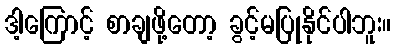
ဒါ့ကြောင့် စာချဖို့တော့ ခွင့်မပြုနိုင်ပါဘူး။